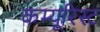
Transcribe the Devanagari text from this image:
कम्यूरिस्ट